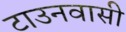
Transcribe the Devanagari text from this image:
टाउनवासी